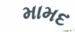
મામદ